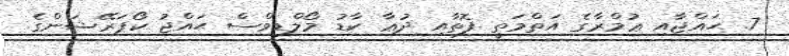
7. ޙައްޖާއި ޢުމްރާގެ އަތްމަތީ ފޮތާއި ދުޢާ ކާޑު މޯލްޑިވްސް ޙައްޖު ކޯޕަރޭޝަންގެ